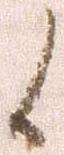
候